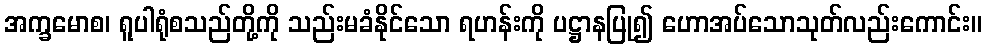
အက္ခမောစ၊ ရူပါရုံစသည်တို့ကို သည်းမခံနိုင်သော ရဟန်းကို ပဋ္ဌာနပြု၍ ဟောအပ်သောသုတ်လည်းကောင်း။